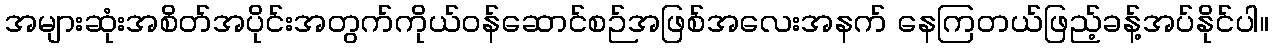
အများဆုံးအစိတ်အပိုင်းအတွက်ကိုယ်ဝန်ဆောင်စဉ်အဖြစ်အလေးအနက် နေကြတယ်ဖြည့်ခန့်အပ်နိုင်ပါ။